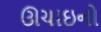
ઊચાઇનો